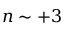
n \sim + 3